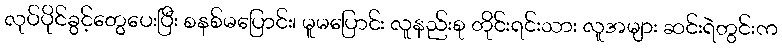
လုပ်ပိုင်ခွင့်တွေပေးပြီး စနစ်မပြောင်း၊ မူမပြောင်း လူနည်းစု တိုင်းရင်းသား လူအများ ဆင်းရဲတွင်းက